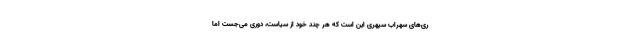
ری‌های سهراب سپهری این است که هر چند خود از سیاست، دوری می‌جُست اما